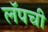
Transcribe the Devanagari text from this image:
लॅपची